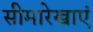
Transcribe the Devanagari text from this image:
सीमारेखाएं